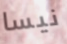
نيسا